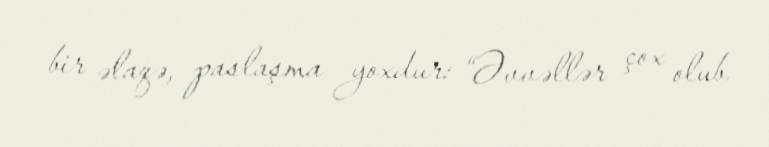
bir əlaqə, paslaşma yoxdur: “Əvvəllər çox olub.